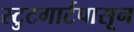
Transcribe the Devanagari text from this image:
स्टुटगार्टपासून